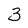
Character: 3